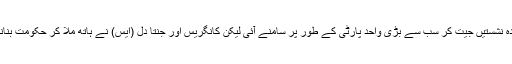
بی جے پی سب سے زیادہ نشستیں جیت کر سب سے بڑی واحد پارٹی کے طور پر سامنے آئی لیکن کانگریس اور جنتا دل (ایس) نے ہاتھ ملا کر حکومت بنانے کا دعوی پیش کیا تھا۔